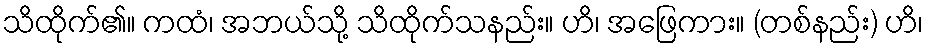
သိထိုက်၏။ ကထံ၊ အဘယ်သို့ သိထိုက်သနည်း။ ဟိ၊ အဖြေကား။ (တစ်နည်း) ဟိ၊